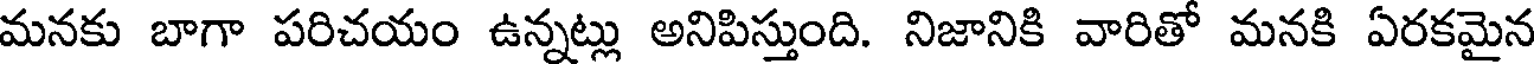
మనకు బాగా పరిచయం ఉన్నట్లు అనిపిస్తుంది. నిజానికి వారితో మనకి ఏరకమైన